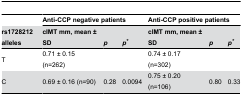
|  | <COLSPAN=3> Anti-CCP negative patients | <COLSPAN=3> Anti-CCP positive patients |
 | rs1728212 alleles | cIMT mm, mean ± SD | p | p* | cIMT mm, mean ± SD | p | p* |
 | --- | --- | --- | --- | --- | --- | --- |
 | T | 0.71 ± 0.15 (n=262) |  |  | 0.74 ± 0.17 (n=302) |  |  |
 | C | 0.69 ± 0.16 (n=90) | 0.28 | 0.0094 | 0.75 ± 0.20 (n=106) | 0.80 | 0.33 |